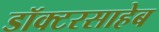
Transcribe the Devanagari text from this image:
डॉक्टरसाहेब